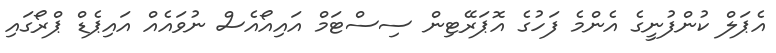
އެޕަލް ކުންފުނީގެ އެންމެ ފަހުގެ އޮޕަރޭޓިން ސިސްޓަމް އައިއޯއެސް ނުވައެއް އައިޕެޑް ޕްރޯގައި